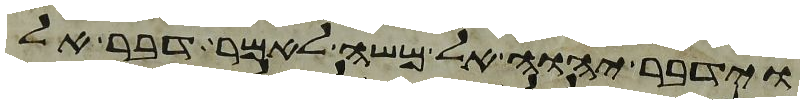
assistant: וידבר יהוה אל משה לאמר דבר אל